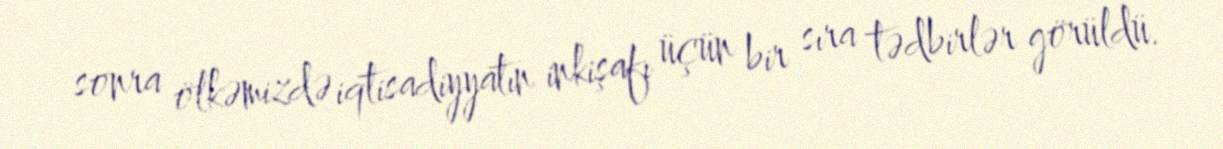
sonra ölkəmizdə iqtisadiyyatın inkişafı üçün bir sıra tədbirlər görüldü.